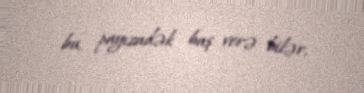
bu, payızadək baş verə bilər.